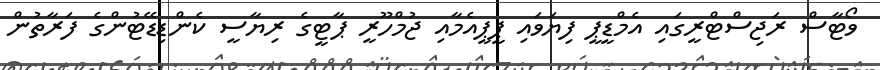
ވޯޓާސް ރަޖިސްޓްރީގައި އެމްޑީޕީ ފިޔަވައި ޕީޕީއެމާއި ޖުމްހޫރީ ޕާޓީގެ ރިޔާސީ ކެންޑިޑޭޓުންގެ ފަރާތުން